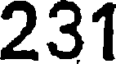
231